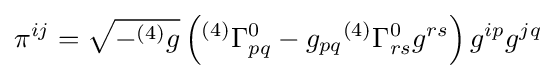
\pi ^{ij}={\sqrt {-^{(4)}g}}\left({^{(4)}}\Gamma _{pq}^{0}-g_{pq}{^{(4)}}\Gamma _{rs}^{0}g^{rs}\right)g^{ip}g^{jq}